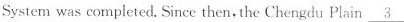
System was completed.Since then, the Chengdu Plain\underline{3}